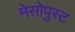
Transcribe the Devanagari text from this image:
मेसोपुस्ट